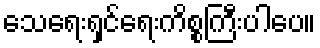
သေရေးရှင်ရေးကိစ္စကြီးပါပေ။